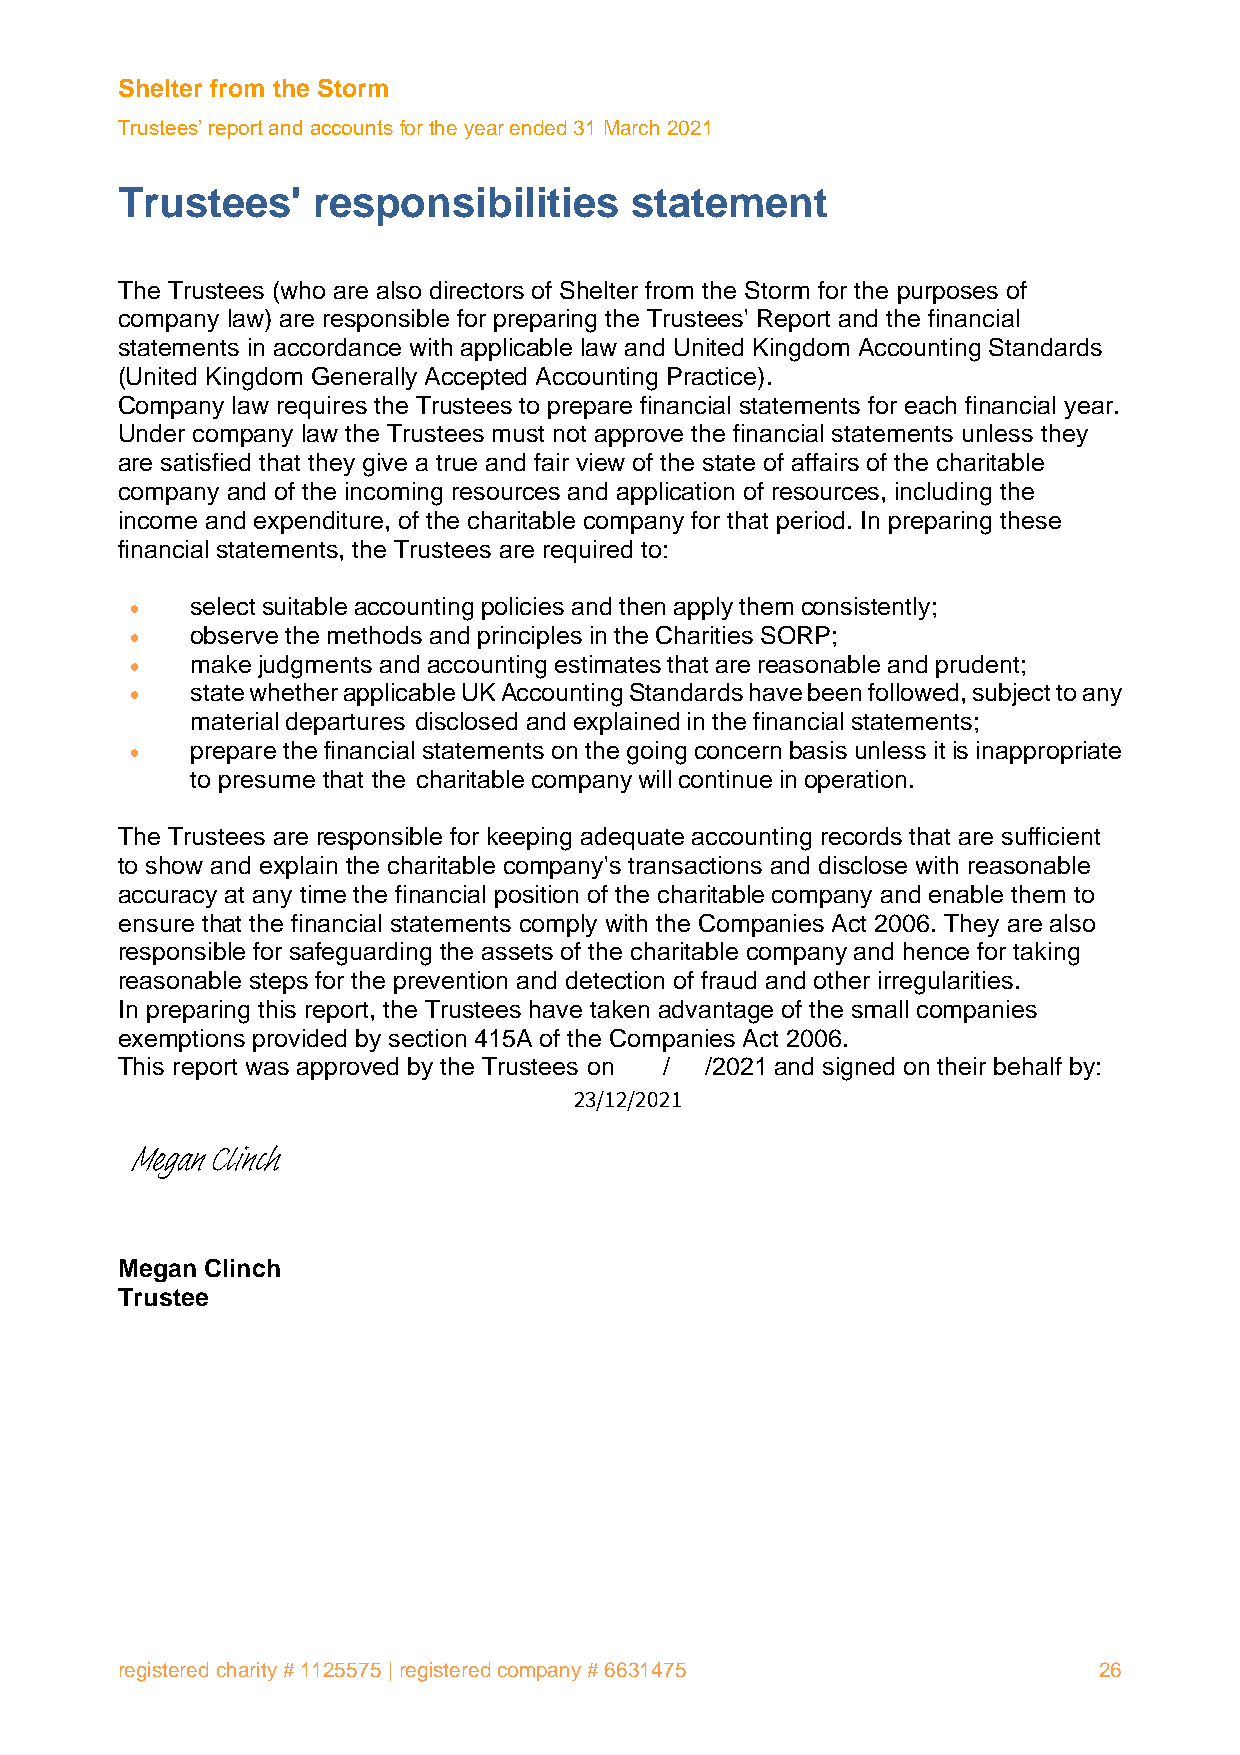
Shelter from the Storm
 Trustees’ report and accounts for the year ended 31 March 2021
 Trustees'    responsibilities     statement
 The Trustees (who are also directors of Shelter from the Storm for the purposes of
 company law) are responsible for preparing the Trustees' Report and the financial
 statements in accordance with applicable law and United Kingdom Accounting Standards
 (United Kingdom Generally Accepted Accounting Practice).
 Company law requires the Trustees to prepare financial statements for each financial year.
 Under company law the Trustees must not approve the financial statements unless they
 are satisfied that they give a true and fair view of the state of affairs of the charitable
 company and of the incoming resources and application of resources, including the
 income and expenditure, of the charitable company for that period. In preparing these
 financial statements, the Trustees are required to:
 •   select suitable accounting policies and then apply them consistently;
 •   observe the methods and principles in the Charities SORP;
 •   make judgments and accounting estimates that are reasonable and prudent;
 •   state whether applicable UK Accounting Standards have been followed, subject to any
 material departures disclosed and explained in the financial statements;
 •   prepare the financial statements on the going concern basis unless it is inappropriate
 to presume that the charitable company will continue in operation.
 The Trustees are responsible for keeping adequate accounting records that are sufficient
 to show and explain the charitable company's transactions and disclose with reasonable
 accuracy at any time the financial position of the charitable company and enable them to
 ensure that the financial statements comply with the Companies Act 2006. They are also
 responsible for safeguarding the assets of the charitable company and hence for taking
 reasonable steps for the prevention and detection of fraud and other irregularities.
 In preparing this report, the Trustees have taken advantage of the small companies
 exemptions provided by section 415A of the Companies Act 2006.
 This report was approved by the Trustees on / /2021 and signed on their behalf by:
 23/12/2021
 Megan Clinch
 Megan Clinch
 Trustee
 registered charity # 1125575 | registered company # 6631475      26